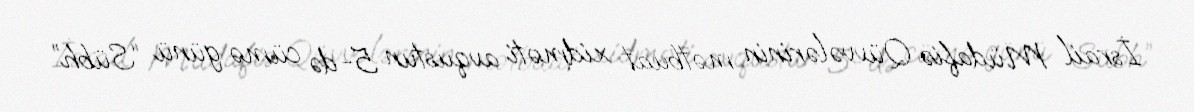
İsrail Müdafiə Qüvvələrinin mətbuat xidməti avqustun 5-də cümə günü “Sübh”